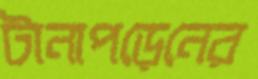
টানাপড়েনের